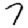
Digit: 7